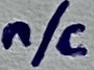
Text: n/c